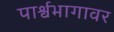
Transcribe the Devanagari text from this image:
पार्श्वभागावर